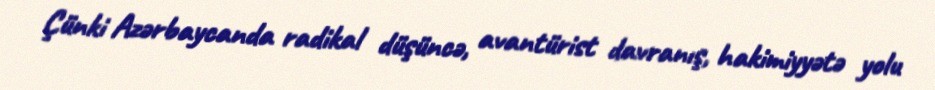
Çünki Azərbaycanda radikal düşüncə, avantürist davranış, hakimiyyətə yolu